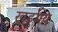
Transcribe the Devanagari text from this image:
खड्डमय